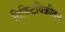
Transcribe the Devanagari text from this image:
तिकिटविक्रीतून